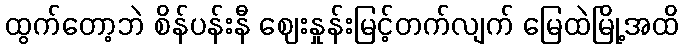
ထွက်တော့ဘဲ စိန်ပန်းနီ ဈေးနှုန်းမြင့်တက်လျက် မြေထဲမြို့အထိ